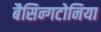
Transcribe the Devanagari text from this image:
बैसिन्गटोनिया